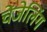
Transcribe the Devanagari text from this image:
चेंजेलिंग